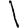
Digit: 1